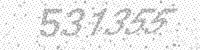
Solution: 531355